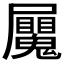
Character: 𭕼